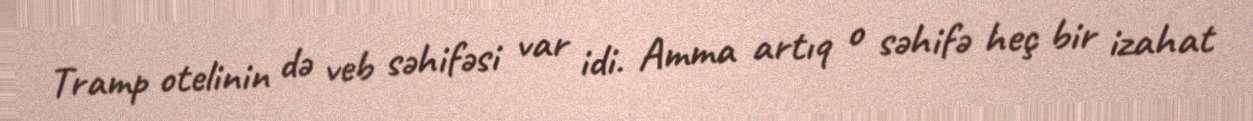
Tramp otelinin də veb səhifəsi var idi. Amma artıq o səhifə heç bir izahat